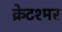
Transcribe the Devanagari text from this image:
क्रेटश्मर